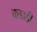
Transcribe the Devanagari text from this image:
कडाडी